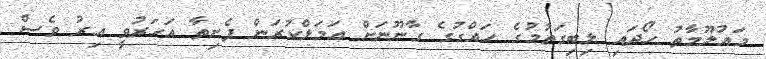
މައުލޫމާތު ހޯދައި ލިބިގަތުމުގެ ހައްގުގެ ގާނޫނަށް ޢަމަލްކުރަން ފެށިތާ އަހަރުވީ އިރު ވެސް